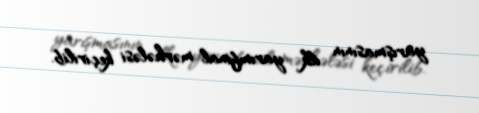
yarışmasının ilk yarımfinal mərhələsi keçirilib.